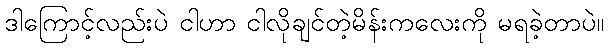
ဒါကြောင့်လည်းပဲ ငါဟာ ငါလိုချင်တဲ့မိန်းကလေးကို မရခဲ့တာပဲ။